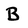
Character: B